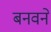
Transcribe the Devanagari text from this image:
बनवने